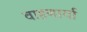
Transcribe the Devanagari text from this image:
वाहणार्या